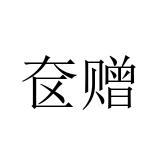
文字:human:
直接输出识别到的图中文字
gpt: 奁赠